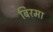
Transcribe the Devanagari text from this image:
बिरमा